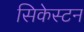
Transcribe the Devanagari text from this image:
सिकेस्टन